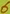
Text: 6